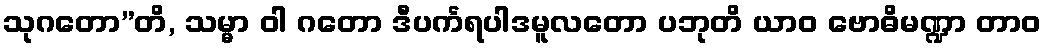
သုဂတော”တိ, သမ္မာ ဝါ ဂတော ဒီပင်္ကရပါဒမူလတော ပဘုတိ ယာဝ ဗောဓိမဏ္ဍာ တာဝ